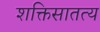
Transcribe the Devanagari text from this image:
शक्तिसातत्य